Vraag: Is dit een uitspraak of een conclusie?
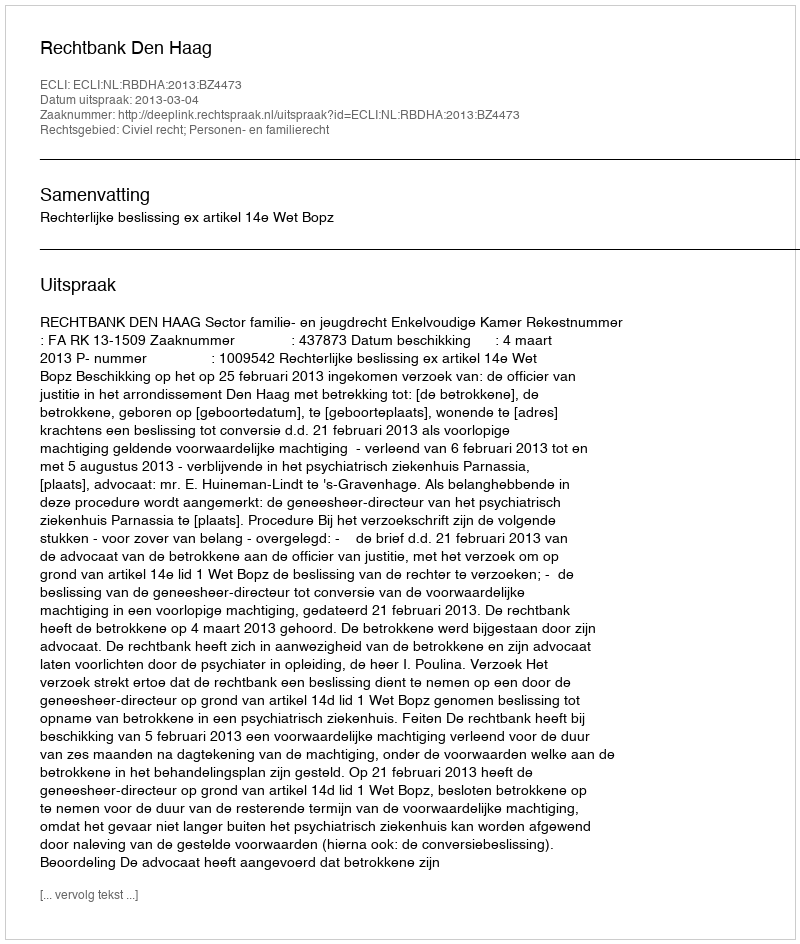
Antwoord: Uitspraak